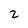
Character: 2